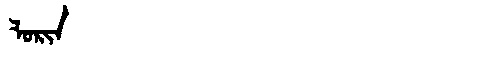
Manchu: ᠯᠣᡵᡳᠨ
Romanization: LORIN